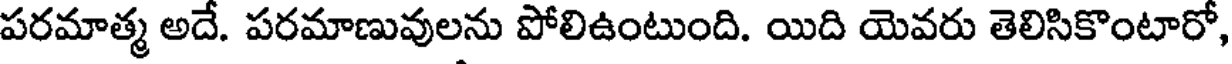
పరమాత్మ అదే. పరమాణువులను పోలిఉంటుంది. యిది యెవరు తెలిసికొంటారో,